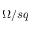
\Omega / s q